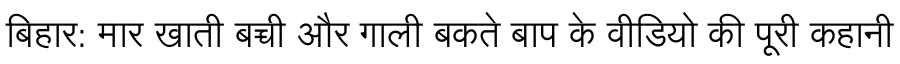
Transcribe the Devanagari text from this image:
बिहार: मार खाती बच्ची और गाली बकते बाप के वीडियो की पूरी कहानी